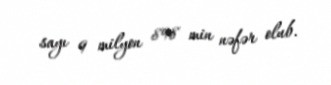
sayı 9 milyon 898 min nəfər olub.